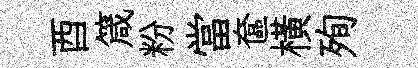
酉箴粉當奩横殉